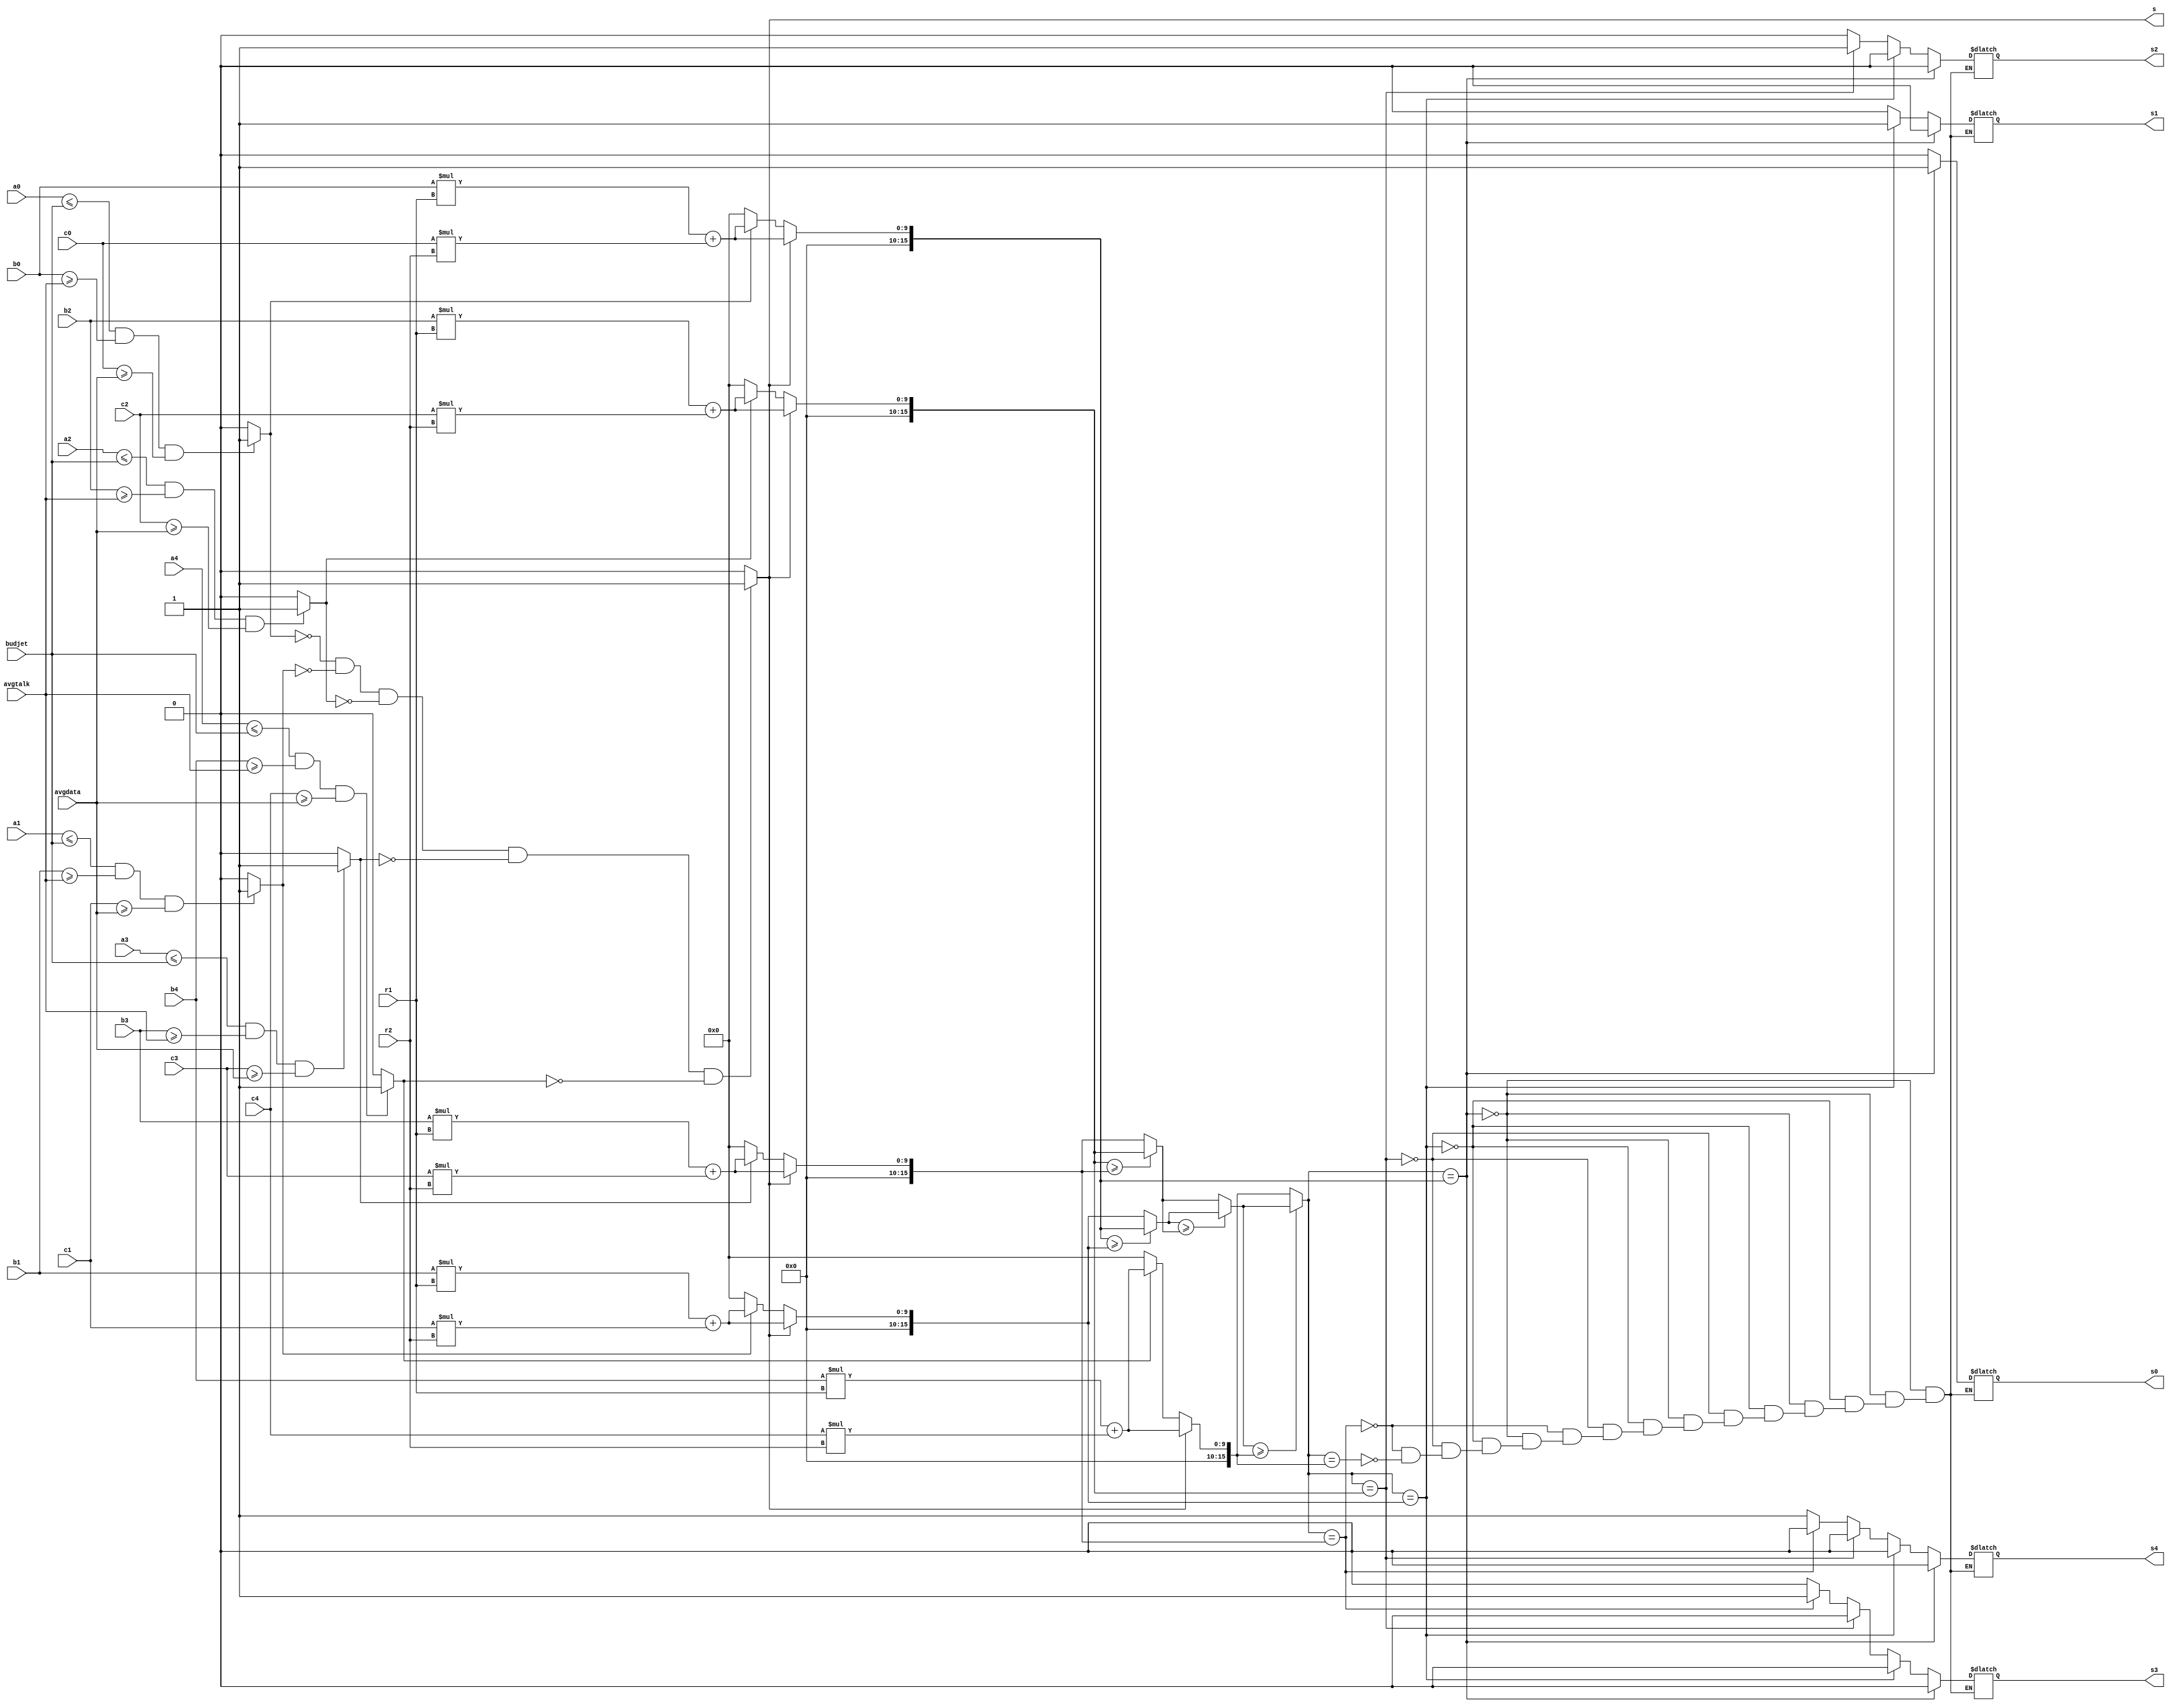
module telephone(a0,a1,a2,a3,a4,b0,b1,b2,b3,b4,c0,c1,c2,c3,c4,r1,r2,budjet,avgtalk,avgdata,s0,s1,s2,s3,s4,s);
input [5:0] a0,a1,a2,a3,a4;
input [5:0] b0,b1,b2,b3,b4,c0,c1,c2,c3,c4;
input [2:0] r1,r2;
input [5:0] budjet,avgtalk,avgdata;
output reg s0,s1,s2,s3,s4,s;
reg [15:0] sw0,sw1,sw2,sw3,sw4,sw5;
reg limit0,limit1,limit2,limit3,limit4;
reg [31:0] temp1;
reg [15:0] temp2;
reg [15:0] u,v,w,x;

always @ (a0 or b0 or c0 or a1 or b1 or c1 or a2 or b2 or c2 or a3 or b3 or c3 or budjet or r1 or r2 or avgtalk or avgdata)
begin 
sw0=(b0*r1)+(c0*r2);
//temp1=temp1<<16;
//temp2<=a0;
//sw0=temp1/temp2;
sw1=(b1*r1)+(c1*r2);
//temp1<=temp1<<16;
//temp2<=a1;
//sw1=temp1/temp2;
sw2=(b2*r1)+(c2*r2);
//temp1<=temp1<<16;
//temp2<=a2;
//sw3=temp1/temp2;
sw3=(b3*r1)+(c3*r2);
//temp1<=temp1<<16;
//temp2<=a3;
//sw3=temp1/temp2;
sw4=(b4*r1)+(c4*r2);
//temp1<=temp1<<16;
//temp2<=a4;
//sw4=temp1/temp2;

if(a0<=budjet && b0>=avgtalk && c0>=avgdata )
limit0=1;
else limit0=0;
if(a1<=budjet && b1>=avgtalk && c1>=avgdata )
limit1=1;
else limit1=0;
if(a2<=budjet && b2>=avgtalk && c2>=avgdata )
limit2=1;
else limit2=0;
if(a3<=budjet && b3>=avgtalk && c3>=avgdata )
limit3=1;
else limit3=0;
if(a4<=budjet && b4>=avgtalk && c4>=avgdata )
limit4=1;
else limit4=0;

if(limit0==0 && limit1==0 && limit2==0 && limit3==0 && limit4==0)
s=1;
else s=0;

if(s==0)
begin
 if(limit0==0) sw0=0;
 if(limit1==0) sw1=0;
 if(limit2==0) sw2=0;
 if(limit3==0) sw3=0;
 if(limit4==0) sw4=0;
end 

if(sw0>=sw1) u=sw0;
else u=sw1;
if(sw2>=sw3) v=sw2;
else v=sw3;
if(u>=v) w=u;
else w=v;
if(w>=sw4) x=w;
else x=sw4;

if(x==sw0) 
begin
s0=1; s1=0; s2=0; s3=0; s4=0; 
end
else if(x==sw1)
begin 
s0=0; s1=1; s2=0; s3=0; s4=0;
end
else if(x==sw2)
begin
s0=0; s1=0; s2=1; s3=0; s4=0;
end
else if(x==sw3)
begin
s0=0; s1=0; s2=0; s3=1; s4=0;
end
else if(x==sw4)
begin
s0=0; s1=0; s2=0; s3=0; s4=1;
end
end 
endmodule